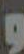
و